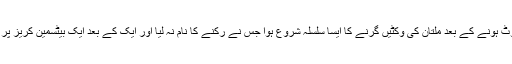
سنگاکارا کے آؤٹ ہونے کے بعد ملتان کی وکٹیں گرنے کا ایسا سلسلہ شروع ہوا جس نے رکنے کا نام نہ لیا اور ایک کے بعد ایک بیٹسمین کریز پر آتا اور جاتا رہا۔